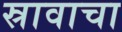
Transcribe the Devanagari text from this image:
स्रावाचा